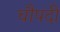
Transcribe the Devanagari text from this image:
चौपदी